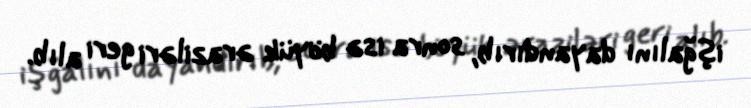
işğalını dayandırıb, sonra isə böyük əraziləri geri alıb.